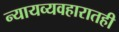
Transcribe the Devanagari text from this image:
न्यायव्यवहारातही